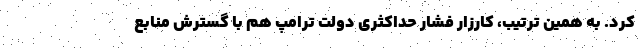
کرد. به همین ترتیب، کارزار فشار حداکثری دولت ترامپ هم با گسترش منابع